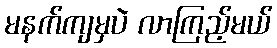
မနက်ကျမှပဲ လာကြည့်မယ်